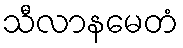
သီလာနမေတံ